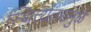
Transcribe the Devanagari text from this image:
स्थित्यंतरांमुळे